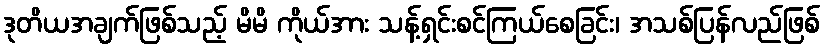
ဒုတိယအချက်ဖြစ်သည့် မိမိ ကိုယ်အား သန့်ရှင်းစင်ကြယ်စေခြင်း၊ အသစ်ပြန်လည်ဖြစ်